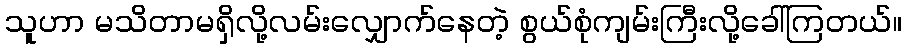
သူဟာ မသိတာမရှိလို့လမ်းလျှောက်နေတဲ့ စွယ်စုံကျမ်းကြီးလို့ခေါ်ကြတယ်။